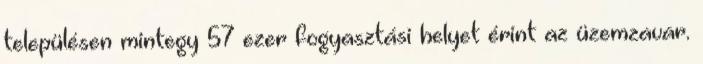
településen mintegy 57 ezer fogyasztási helyet érint az üzemzavar.